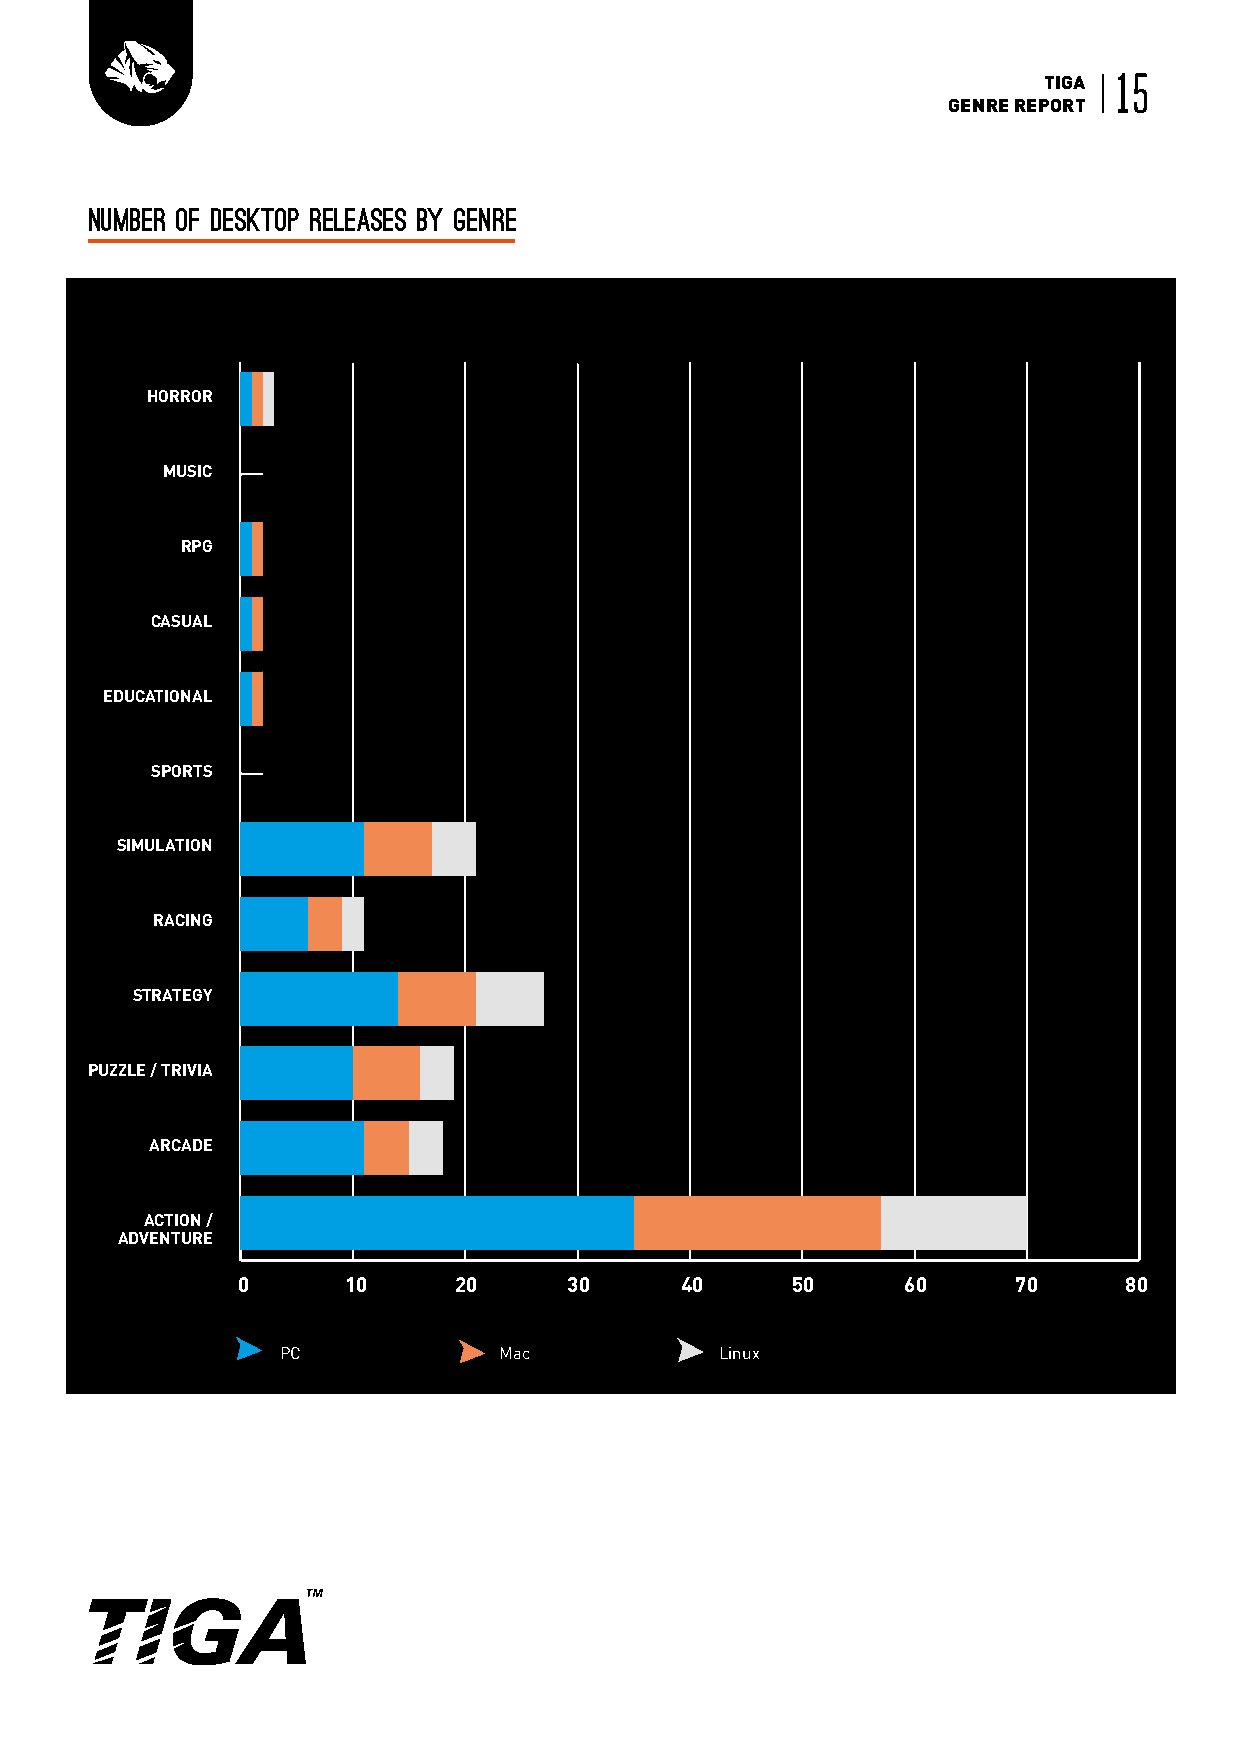
TIGA 15
 GENRE REPORT
 Number of desktop releases by genre
 HORROR
 MUSIC
 RPG
 CASUAL
 EDUCATIONAL
 SPORTS
 SIMULATION
 RACING
 STRATEGY
 PUZZLE / TRIVIA
 ARCADE
 ACTION /
 ADVENTURE
 0      10     20      30     40     50      60     70     80
 PC             Mac            Linux